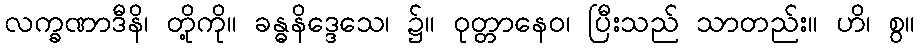
လက္ခဏာဒီနိ၊ တို့ကို။ ခန္ဓနိဒ္ဒေသေ၊ ၌။ ဝုတ္တာနေဝ၊ ပြီးသည် သာတည်း။ ဟိ၊ စွ။